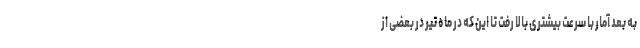
به بعد آمار با سرعت بیشتری بالا رفت تا این که در ماه تیر در بعضی از